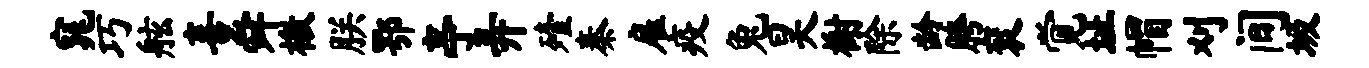
窕巧舷喜舜檄朕鄂亭弄殪秦雇疫兔昊榭除龄胯衮觉址帽刈间圾